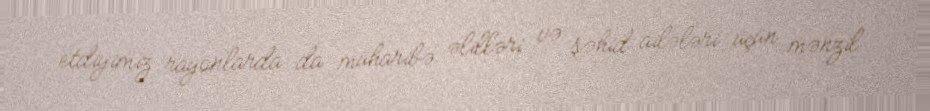
etdiyimiz rayonlarda da müharibə əlilləri və şəhid ailələri üçün mənzil